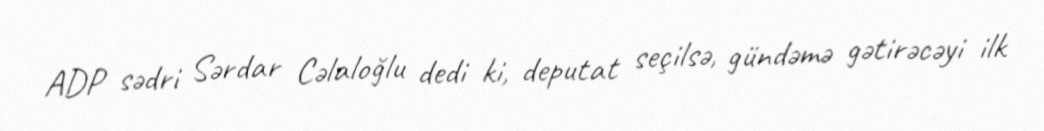
ADP sədri Sərdar Cəlaloğlu dedi ki, deputat seçilsə, gündəmə gətirəcəyi ilk